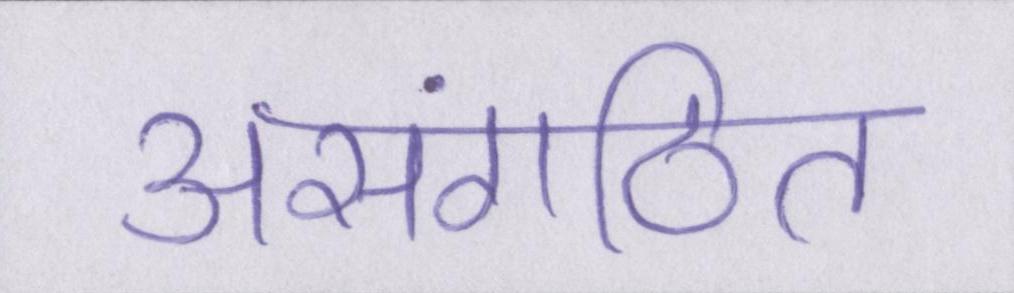
असंगठित